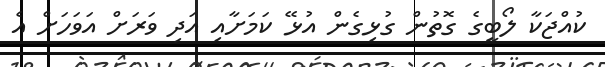
ކުއްޖަކާ ލޯބީގެ ގޮތުން ގުޅިގެން އުޅޭ ކަމަށާއި އަދި ވަރަށް އަވަހަށް އެ